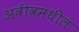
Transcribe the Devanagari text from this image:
अवीवमधील